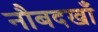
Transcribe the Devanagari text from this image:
नौबदखाँ